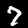
Label: 7